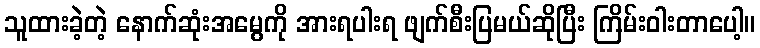
သူထားခဲ့တဲ့ နောက်ဆုံးအမွေကို အားရပါးရ ဖျက်စီးပြမယ်ဆိုပြီး ကြိမ်းဝါးတာပေါ့။